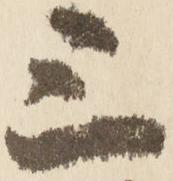
三